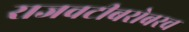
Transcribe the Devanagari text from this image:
राजवटीबरोबरच